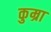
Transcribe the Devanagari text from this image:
कुम्रा